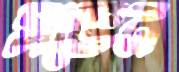
সভেন